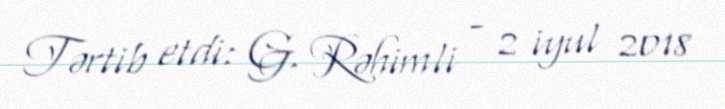
Tərtib etdi: G. Rəhimli - 2 iyul 2018